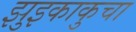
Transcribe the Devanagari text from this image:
झुइकाकुचा